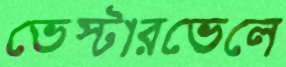
ভেস্টারভেলে